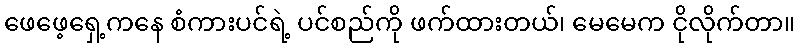
ဖေဖေ့ရှေ့ကနေ စံကားပင်ရဲ့ ပင်စည်ကို ဖက်ထားတယ်၊ မေမေက ငိုလိုက်တာ။